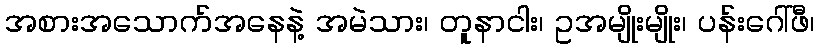
အစားအသောက်အနေနဲ့ အမဲသား၊ တူနာငါး၊ ဥအမျိုးမျိုး၊ ပန်းဂေါ်ဖီ၊